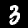
Digit: 3